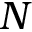
N